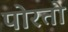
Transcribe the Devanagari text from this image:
पोरतो